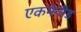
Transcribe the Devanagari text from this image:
एकमेनीड